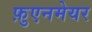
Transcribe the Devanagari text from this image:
फ़ुएनमेयर